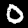
Digit: 0